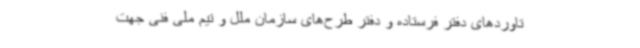
تاوردهای دفتر فرستاده و دفتر طرح‌های سازمان ملل و تیم ملی فنی جهت